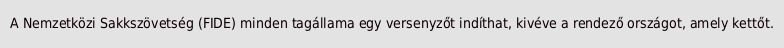
A Nemzetközi Sakkszövetség (FIDE) minden tagállama egy versenyzőt indíthat, kivéve a rendező országot, amely kettőt.